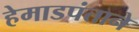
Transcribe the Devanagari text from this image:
हेमाडपंताने